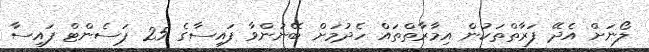
ލޯނަށް އެދޭ ފަރާތްތަކުން އިމާރާތްތައް ހެދުމަށް ބޭނުންވާ ފައިސާގެ 25 ޕަސެންޓް ފައިސާ